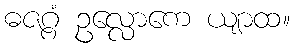
ဓဇဂ္ဂံ ဥလ္လောကေ ယျာထ။